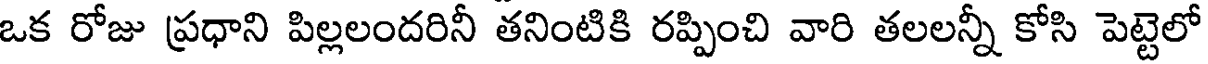
ఒక రోజు ప్రధాని పిల్లలందరినీ తనింటికి రప్పించి వారి తలలన్నీ కోసి పెట్టెలో